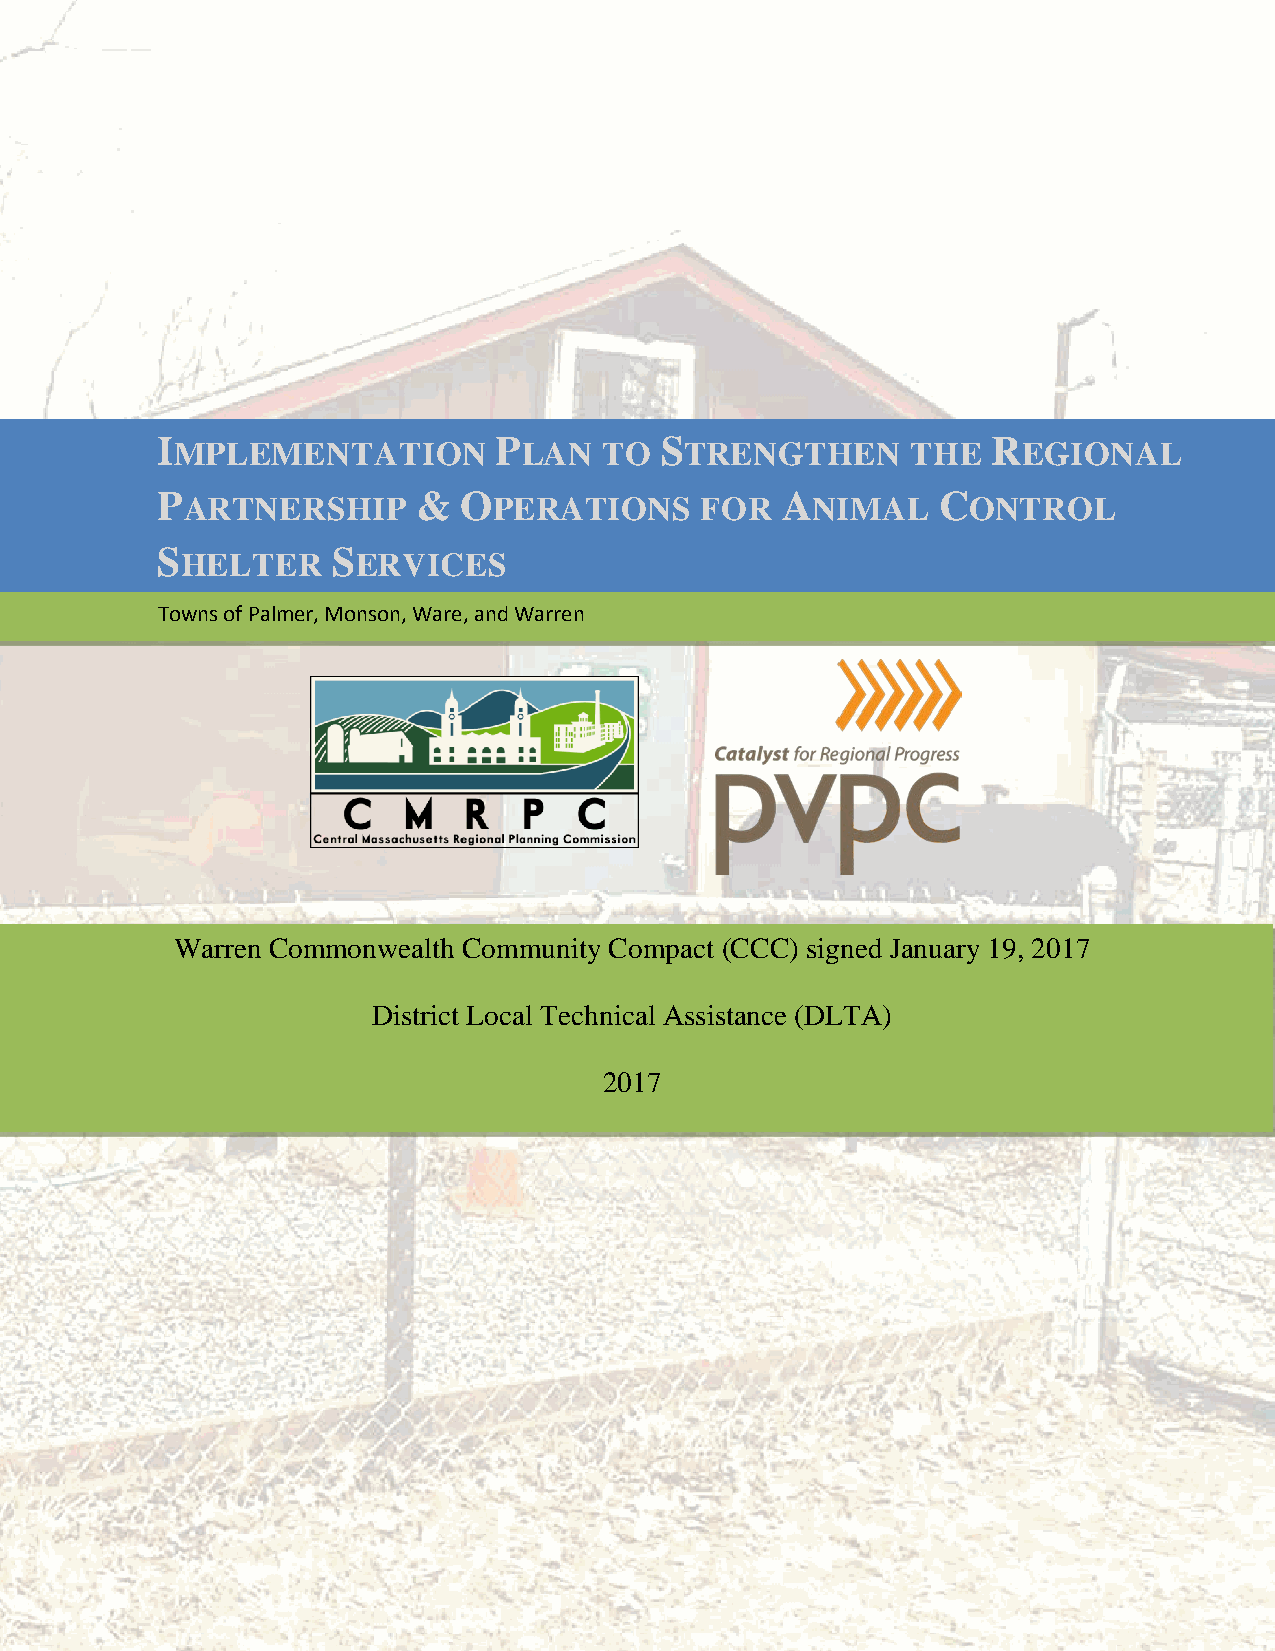
IMPLEMENTATION         PLAN   TO  STRENGTHEN      THE   REGIONAL
 PARTNERSHIP       & OPERATIONS      FOR   ANIMAL    CONTROL
 SHELTER     SERVICES
 Prepared and Presented by,
 Towns of Palmer, Monson, Ware, and Warren
 Warren Commonwealth Community Compact (CCC) signed January 19, 2017
 District Local Technical Assistance (DLTA)
 2017